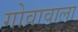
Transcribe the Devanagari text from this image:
गोवावाला